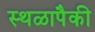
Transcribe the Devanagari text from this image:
स्थळापैकी